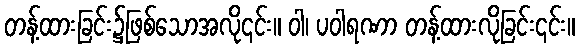
တန့်ထားခြင်း၌ဖြစ်သောအလို၎င်း။ ဝါ၊ ပဝါရဏာ တန့်ထားလိုခြင်း၎င်း။